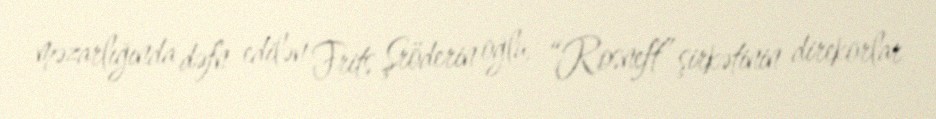
məzarlığında dəfn edilən Frits Şröderin oğlu, “Rosneft” şirkətinin direkorlar